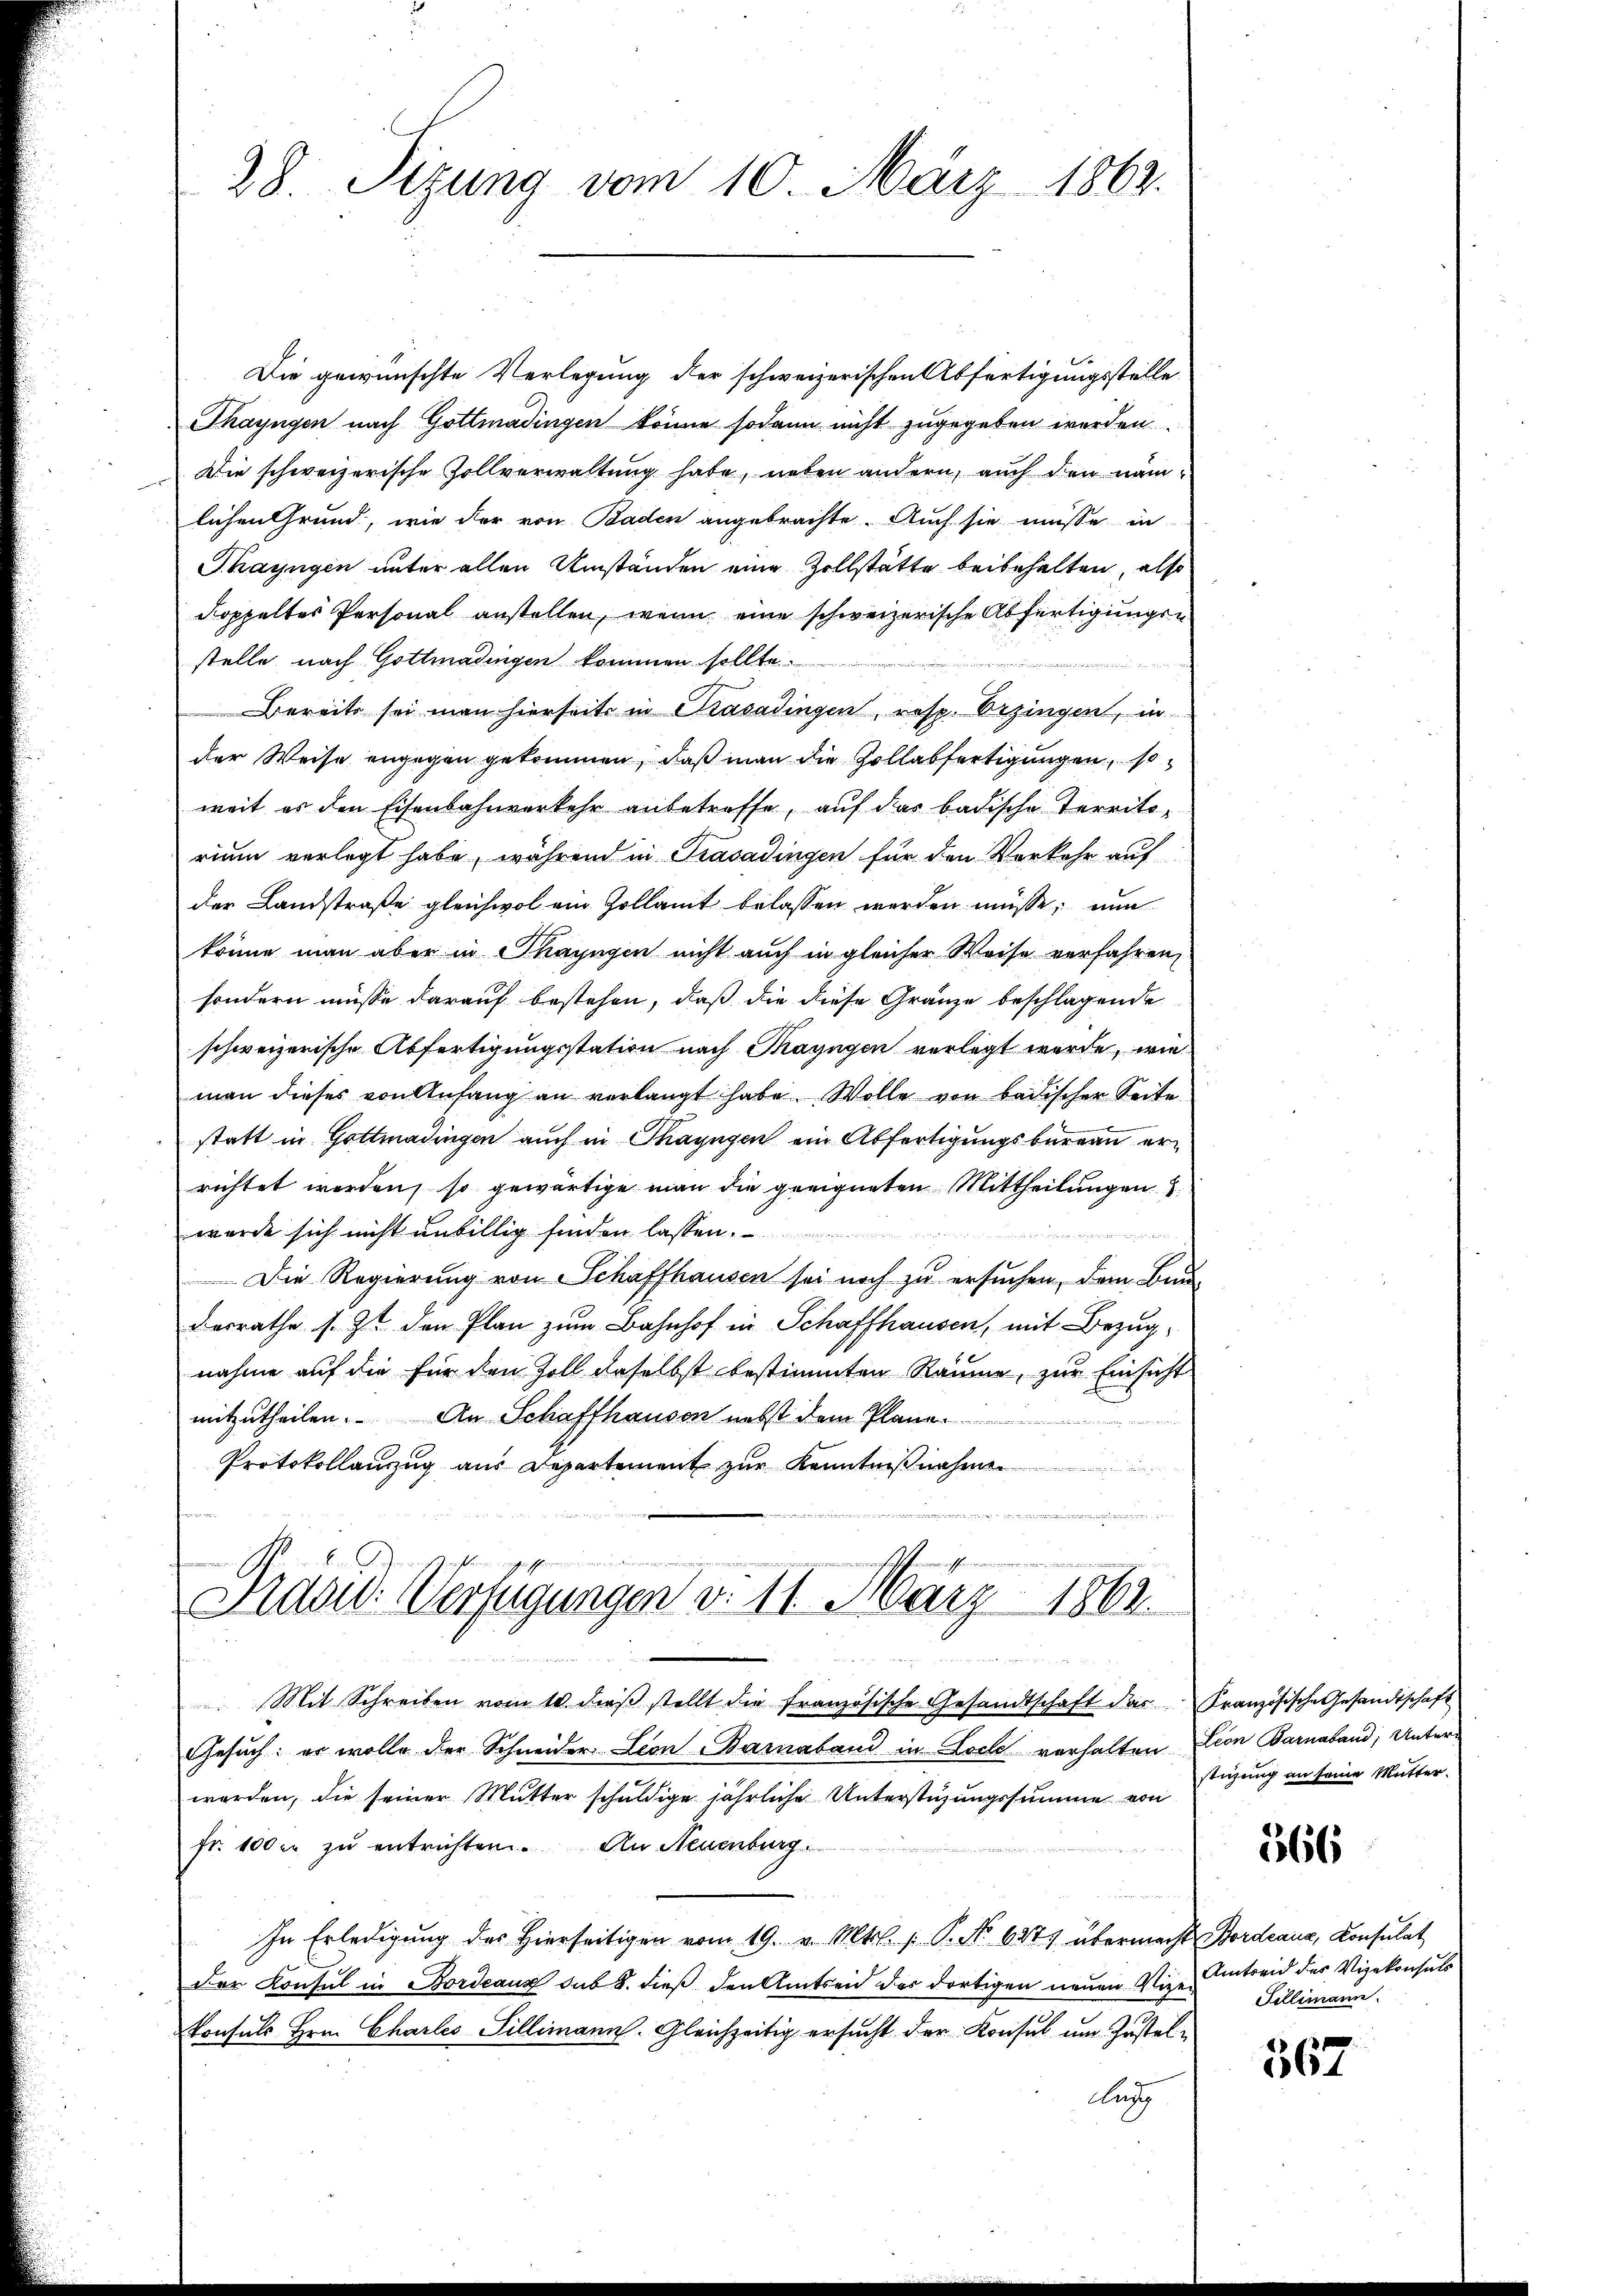
28. Sizung vom 10. März 1862.

Die gewünschte Verlegung der schweizerischen Abfertigungsstelle
Thayngen nach Gottmadingen könne sodann nicht zugegeben werden.
Die schweizerische Zollverwaltung habe, neben andern, auch den namlichen Grund, wie der von Baden angebrachte. Auch sie müße in
Thayngen unter allen Umständen eine Zollstätte beibehalten, also
doppeltes Personal anstellen, wenn eine schweizerische Abfertigungen
stelle nach Gottmadingen kommen sollte.
Bereits sei man hierseits in Kasadingen, resp. Erzingen, in
der Weise angegen gekommen, daß man die Zollabfertigungen, so
weit es den Eisenbahnverkehr anbetreffe, auf das badische Territorium verlegt habe, während in Trasadingen für den Vorkehr auf
der Landstraße gleichwol ein Zollamt belassen werden müsse, nun
könne man aber in Thayngen nicht auch in gleicher Weise verfahren,
sondern müsse darauf bestehen, daß die diese Gränze beschlagende
schweizerische Abfertigungsstation nach Thayngen verlegt werde, wie
man dieses von Anfang an verlangt habe. Wolle von badischer Seite
statt in Gottmadingen auch in Thayngen ein Abfertigungsbureau errichtet werden, so gewärtige man die geeigneten Mittheilungen
wurde sich nicht unbillig finden lassen.

Die Regierung von Schaffhausen sei noch zu ersuchen, dem Bau-
derrathe s. Z. den Plan zum Bahnhof in Schaffhausen, mit Bezug
nahme auf die für den Zoll daselbst bestimmten Räume, zur Einsicht
mitzutheilen. An Schaffhausen nebst dem Plane
Protokollanzug aus Departement zur Kenntnißnahme
Prasw. Verfügungen d. 11. März 1862.

.
Mit Schreiben vom 10. dieβ stellt die französische Gesandtschaft das Französische Gesandtschaft
Gesuch: er wolle der Schneider Leon Barnaband in Loch vorhalten Lion Barnaband; Unterworden, die seiner Mutter schuldige jährliche Unterstüzungssumme von
fr. 100 er zu entrichten. An Neuenburg.
In Erledigung des Hierseitigen vom 19. v. Mts. P. No 627 übermacht Bordeaux, Consulat
Der Konsul in Fordeaux sub 8. dieß den Amtseid des dortigen neuen Vize
Konsuls Hrn. Chartes Sillimann. Gleichzeitig ersucht der Konsul um Zustellung

stigung an seine Mutter.

566

Amtseid des Vizekonsuls
Fellimann.

567